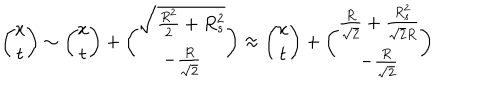
LaTeX: { \binom { x } { t } } \sim { \binom { x } { t } } + { \binom { \sqrt { { \frac { R ^ { 2 } } { 2 } } + R _ { s } ^ { 2 } } } { - { \frac { R } { \sqrt { 2 } } } } } \approx { \binom { x } { t } } + { \binom { { \frac { R } { \sqrt { 2 } } } + { \frac { R _ { s } ^ { 2 } } { \sqrt { 2 } R } } } { - { \frac { R } { \sqrt { 2 } } } } }